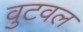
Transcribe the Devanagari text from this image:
वुटवल